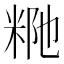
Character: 𥹗